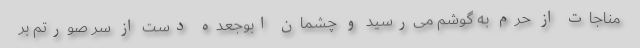
مناجات از حرم به گوشم می‌رسید و چشمان ابوجعده دست از سرِ صورتم بر